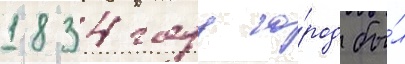
1834 году го́род бы́л